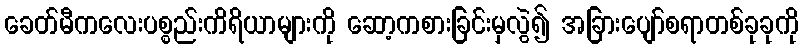
ခေတ်မီကလေးပစ္စည်းကိရိယာများကို ဆော့ကစားခြင်းမှလွဲ၍ အခြားပျော်စရာတစ်ခုခုကို